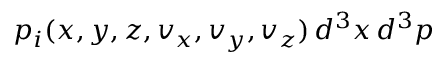
p _ { i } ( x , y , z , v _ { x } , v _ { y } , v _ { z } ) \, d ^ { 3 } x \, d ^ { 3 } p